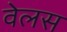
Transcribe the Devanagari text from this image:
वेलस